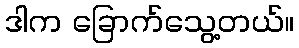
ဒါက ခြောက်သွေ့တယ်။